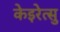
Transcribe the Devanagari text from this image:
केइरेत्सु